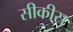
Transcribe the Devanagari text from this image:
सीकीस